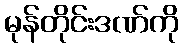
မုန်တိုင်းဒဏ်ကို